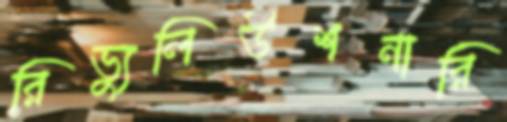
রিভ্যুলিউশনারি